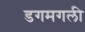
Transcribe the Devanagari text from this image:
डगमगली